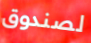
لصندوق